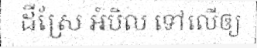
ដីស្រែ អំបិល ទៅលើឲ្យ